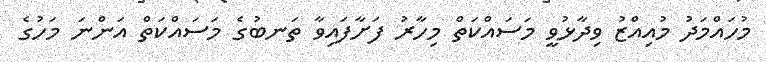
މުހައްމަދު މުއިއްޒު ވިދާޅުވީ މަސައްކަތް މިހާރު ފަށާފައިވާ ތަނބުގެ މަސައްކަތް އަންނަ މަހުގެ